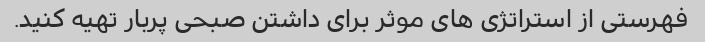
فهرستی از استراتژی های موثر برای داشتن صبحی پربار تهیه کنید.